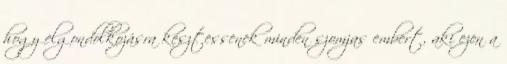
hogy elgondolkozásra késztessenek minden szomjas embert, aki ezen a